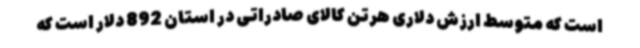
است که متوسط ارزش دلاری هرتن کالای صادراتی در استان 892 دلار است که